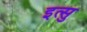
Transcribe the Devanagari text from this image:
इत्सु